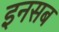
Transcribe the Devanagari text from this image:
इनसब